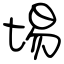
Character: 埸